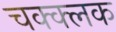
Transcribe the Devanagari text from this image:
चक्क्लक